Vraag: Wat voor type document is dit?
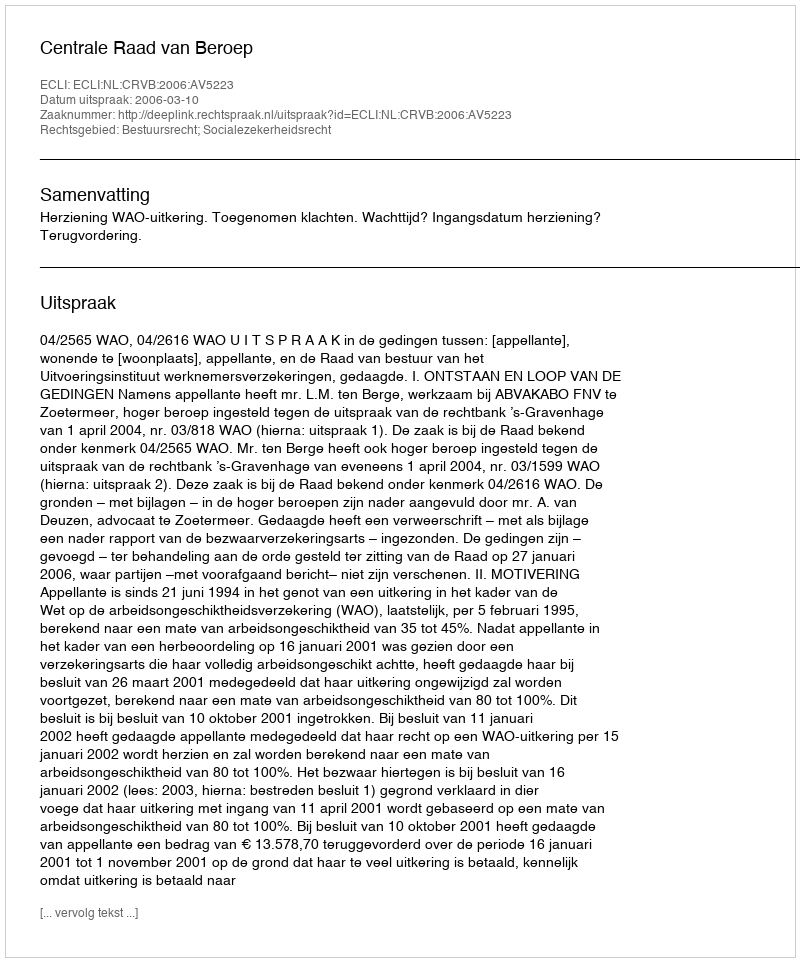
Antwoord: Uitspraak